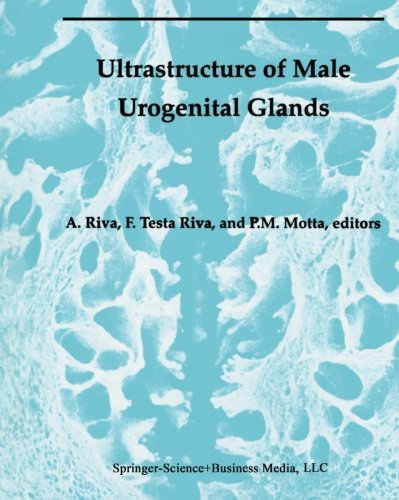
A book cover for Ultrastructure of the Male Urogenital Glands: Prostate, Seminal Vesicles, Urethral, and Bulbourethral Glands (Electron Microscopy in Biology and Medicine); Medical Books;